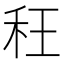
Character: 𮂴